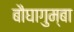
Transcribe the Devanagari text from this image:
बौघागुम्बा